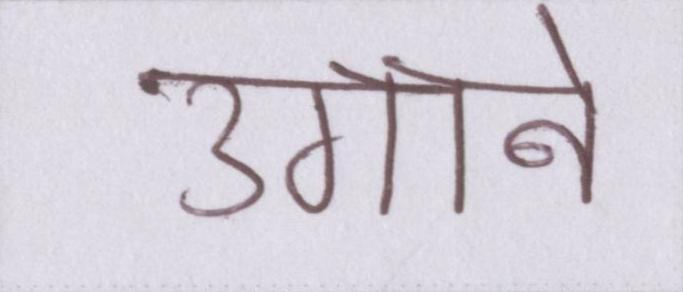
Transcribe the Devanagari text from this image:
उगाने